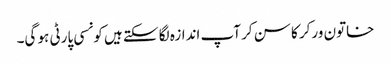
خاتون ورکر کا سن کر آپ اندازہ لگا سکتے ہیں کونسی پارٹی ہو گی۔